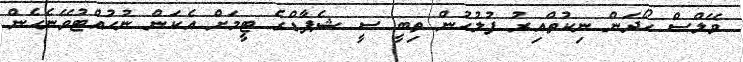
ވޭލްސް ހޯދަން ނިކުތްއިރު ފުލުހުން ތިބީ ސީ ޝެޕާޑްގެ ޓީމަށް އެކަން ނުހުއްޓުވޭނެހެން